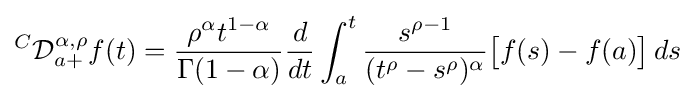
{}^{C}{\mathcal {D}}_{a+}^{\alpha ,\rho }f(t)={\frac {\rho ^{\alpha }t^{1-\alpha }}{\Gamma (1-\alpha )}}{\frac {d}{dt}}\int _{a}^{t}{\frac {s^{\rho -1}}{(t^{\rho }-s^{\rho })^{\alpha }}}{\big [}f(s)-f(a){\big ]}\,ds